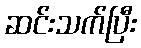
ဆင်းသက်ပြီး